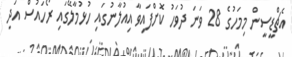
އެޗްޑީސީން މިމަހުގެ 28 ވަނަ ދުވަހު ކޮށްފައިވާ އިއުލާނުގައި ހުޅުމާލޭގައި ރޯހައުސް އަދި